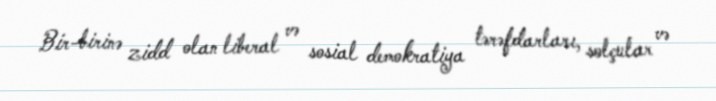
Bir-birinə zidd olan liberal və sosial demokratiya tərəfdarları, solçular və